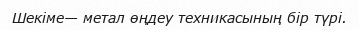
Шекіме— метал өңдеу техникасының бір түрі.